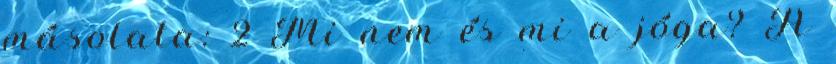
másolata: 2 Mi nem és mi a jóga? A